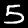
Digit: 5